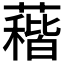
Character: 𱾰